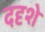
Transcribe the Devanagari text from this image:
ददृशे